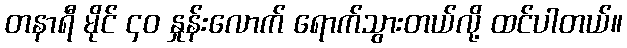
တနာရီ မိုင် ၄ဝ နှုန်းလောက် ရောက်သွားတယ်လို့ ထင်ပါတယ်။